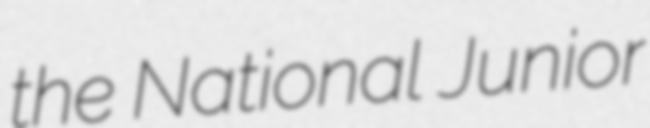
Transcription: the National Junior